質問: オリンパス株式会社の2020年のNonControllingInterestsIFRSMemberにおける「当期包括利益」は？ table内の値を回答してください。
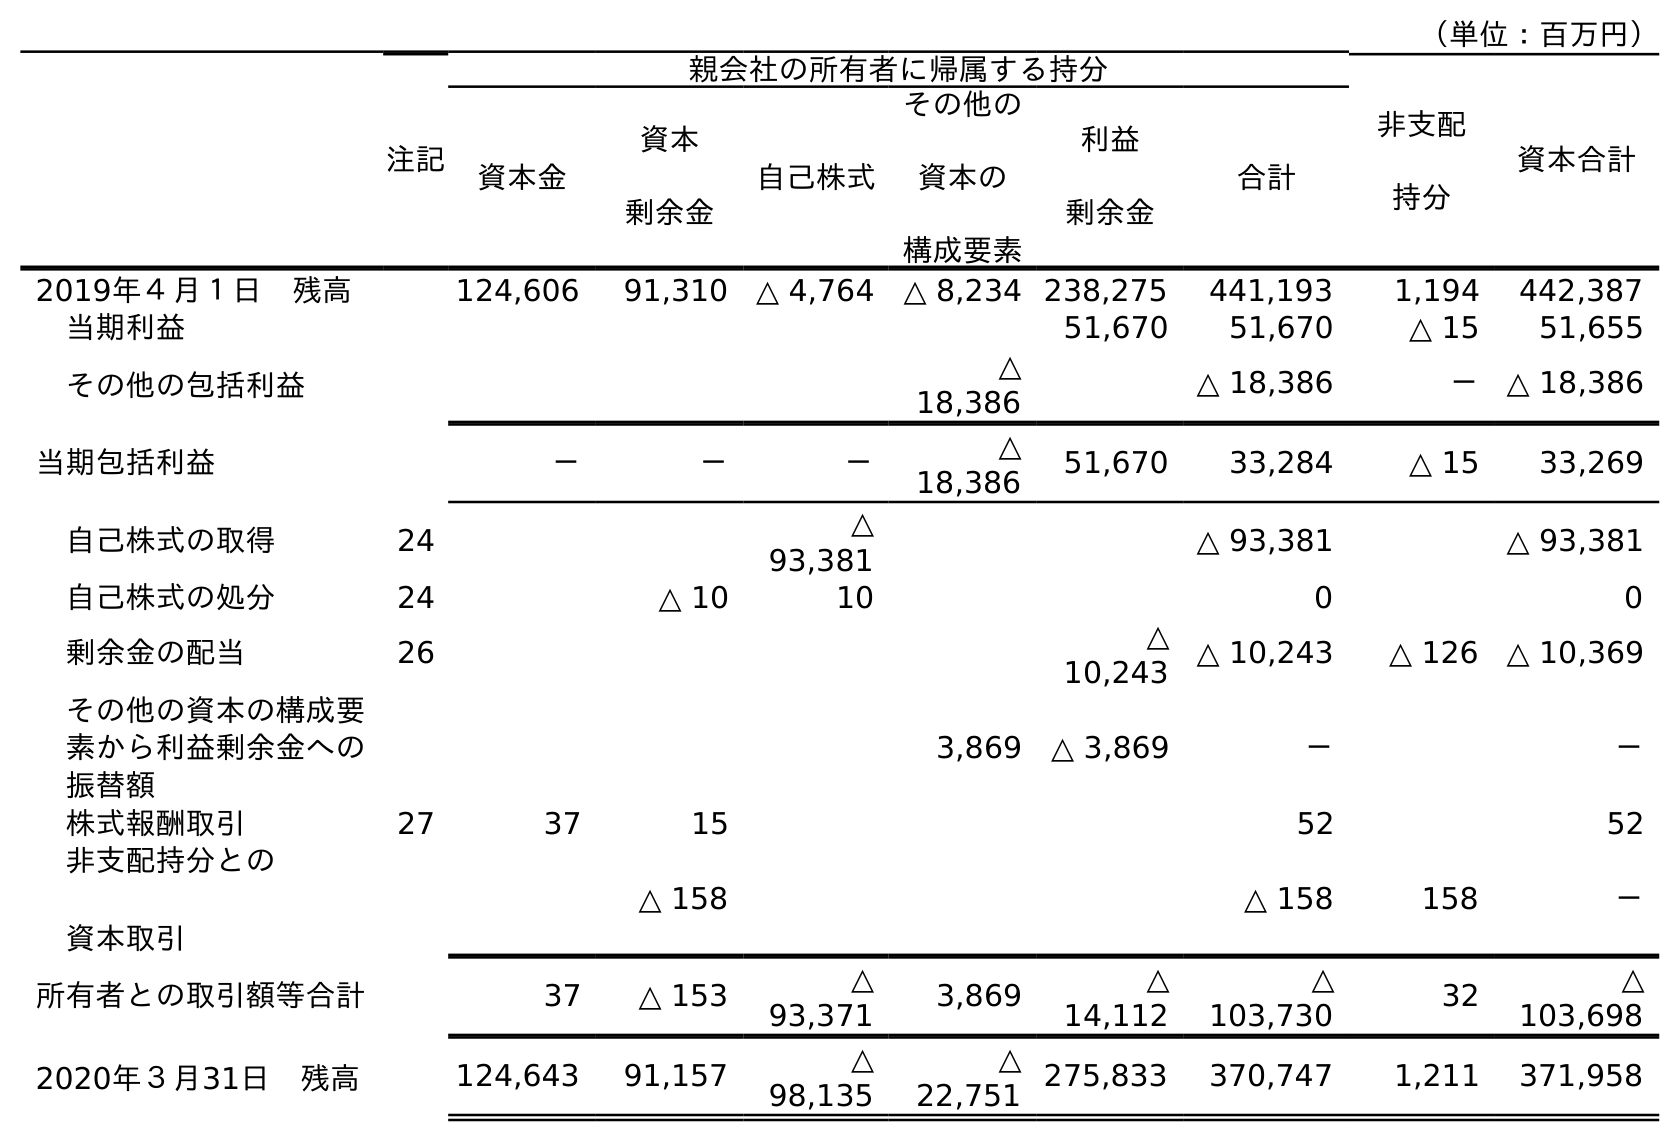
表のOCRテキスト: （単位：百万円） 注記 親会社の所有者に帰属する持分 非支配 持分 資本合計 資本金 資本 剰余金 自己株式 その他の 資本の 構成要素 利益 剰余金 合計 2019年４月１日 残高 124,606 91,310 △ 4,764 △ 8,234 238,275 441,193 1,194 442,387 当期利益 51,670 51,670 △ 15 51,655 その他の包括利益 △ 18,386 △ 18,386 － △ 18,386 当期包括利益 － － － △ 18,386 51,670 33,284 △ 15 33,269 自己株式の取得 24 △ 93,381 △ 93,381 △ 93,381 自己株式の処分 24 △ 10 10 0 0 剰余金の配当 26 △ 10,243 △ 10,243 △ 126 △ 10,369 その他の資本の構成要 素から利益剰余金への 振替額 3,869 △ 3,869 － － 株式報酬取引 27 37 15 52 52 非支配持分との 資本取引 △ 158 △ 158 158 － 所有者との取引額等合計 37 △ 153 △ 93,371 3,869 △ 14,112 △ 103,730 32 △ 103,698 2020年３月31日 残高 124,643 91,157 △ 98,135 △ 22,751 275,833 370,747 1,211 371,958
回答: △15